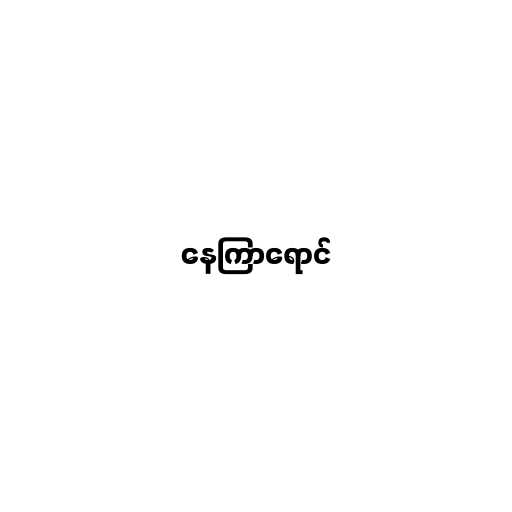
နေကြာရောင်